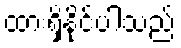
ထားရှိနိုင်ပါသည်